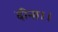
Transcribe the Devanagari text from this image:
दीना।।